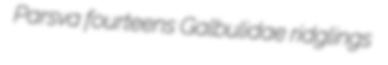
Parsva fourteens Galbulidae ridglings